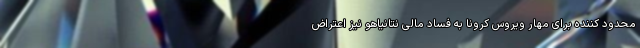
محدود کننده برای مهار ویروس کرونا به فساد مالی نتانیاهو نیز اعتراض